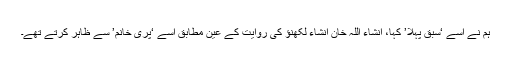
ہم نے اسے ‘سبق پہلا’ کہا، انشاء اللہ خان انشاء لکھنؤ کی روایت کے عین مطابق اسے ‘پری خانم’ سے ظاہر کرتے تھے۔